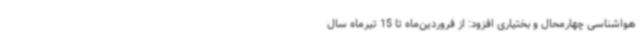
هواشناسی چهارمحال و بختیاری افزود: از فروردین‌ماه تا 15 تیرماه سال